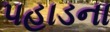
પહાડના